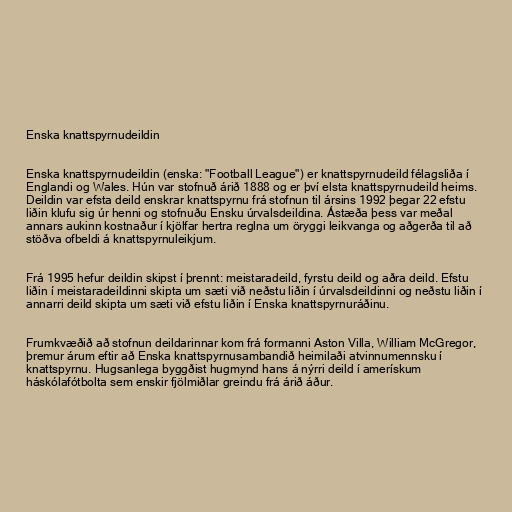
Enska knattspyrnudeildin

Enska knattspyrnudeildin (enska: "Football League") er knattspyrnudeild félagsliða í
Englandi og Wales. Hún var stofnuð árið 1888 og er því elsta knattspyrnudeild heims.
Deildin var efsta deild enskrar knattspyrnu frá stofnun til ársins 1992 þegar 22 efstu
liðin klufu sig úr henni og stofnuðu Ensku úrvalsdeildina. Ástæða þess var meðal
annars aukinn kostnaður í kjölfar hertra reglna um öryggi leikvanga og aðgerða til að
stöðva ofbeldi á knattspyrnuleikjum.

Frá 1995 hefur deildin skipst í þrennt: meistaradeild, fyrstu deild og aðra deild. Efstu
liðin í meistaradeildinni skipta um sæti við neðstu liðin í úrvalsdeildinni og neðstu liðin í
annarri deild skipta um sæti við efstu liðin í Enska knattspyrnuráðinu.

Frumkvæðið að stofnun deildarinnar kom frá formanni Aston Villa, William McGregor,
þremur árum eftir að Enska knattspyrnusambandið heimilaði atvinnumennsku í
knattspyrnu. Hugsanlega byggðist hugmynd hans á nýrri deild í amerískum
háskólafótbolta sem enskir fjölmiðlar greindu frá árið áður.